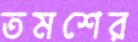
তমশের